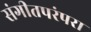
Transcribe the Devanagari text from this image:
संगीतपरंपरा